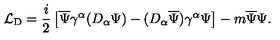
{ \mathcal L } _ { \mathrm { D } } = \frac { i } { 2 } \left[ \overline { { \Psi } } \gamma ^ { \alpha } ( D _ { \alpha } \Psi ) - ( D _ { \alpha } \overline { { \Psi } } ) \gamma ^ { \alpha } \Psi \right] - m \overline { { \Psi } } \Psi .